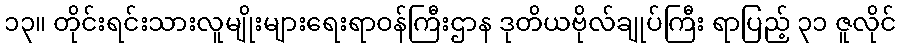
၁၃။ တိုင်းရင်းသားလူမျိုးများရေးရာဝန်ကြီးဌာန ဒုတိယဗိုလ်ချုပ်ကြီး ရာပြည့် ၃၁ ဇူလိုင်